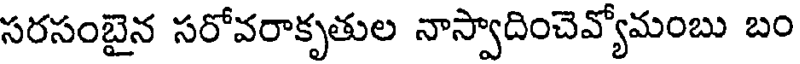
సరసంబైన సరోవరాకృతుల నాస్వాదించెవ్యోమంబు బం